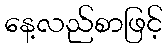
နေ့လည်စာဖြင့်